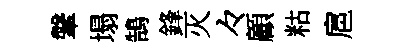
鞶塌鵠鋒灭々顧䊀扈